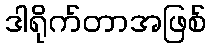
ဒါရိုက်တာအဖြစ်